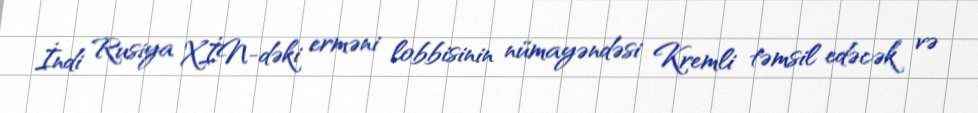
İndi Rusiya XİN-dəki erməni lobbisinin nümayəndəsi Kremli təmsil edəcək və